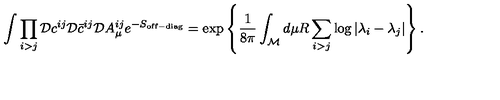
\int \prod _ { i > j } { \cal D } c ^ { i j } { \cal D } \bar { c } ^ { i j } { \cal D } A _ { \mu } ^ { i j } e ^ { - S _ { \mathrm { o f f - d i a g } } } = \exp \left\{ { \frac { 1 } { 8 \pi } } \int _ { \cal M } d \mu R \sum _ { i > j } \log | \lambda _ { i } - \lambda _ { j } | \right\} .